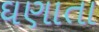
ઘણાતા